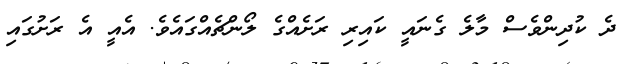
ދެ ކުދިންވެސް މާލެ ގެނައީ ކައިރި ރަށެއްގެ ލޯންޗެއްގައެވެ. އެއީ އެ ރަށުގައި